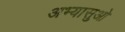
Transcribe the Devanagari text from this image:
अभ्यासुओ